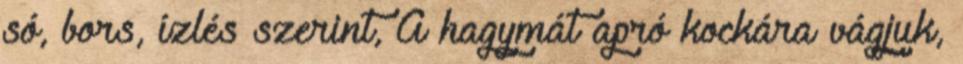
só, bors, ízlés szerint, A hagymát apró kockára vágjuk,